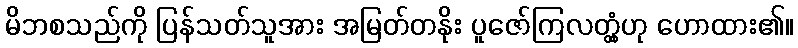
မိဘစသည်ကို ပြန်သတ်သူအား အမြတ်တနိုး ပူဇော်ကြလတ္တံ့ဟု ဟောထား၏။